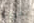
يقودنا